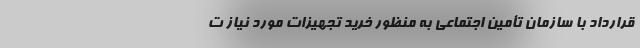
قرارداد با سازمان تأمین اجتماعی به منظور خرید تجهیزات مورد نیاز ت